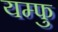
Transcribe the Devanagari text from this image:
यम्फु